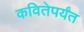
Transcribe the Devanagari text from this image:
कवितेपर्यंत